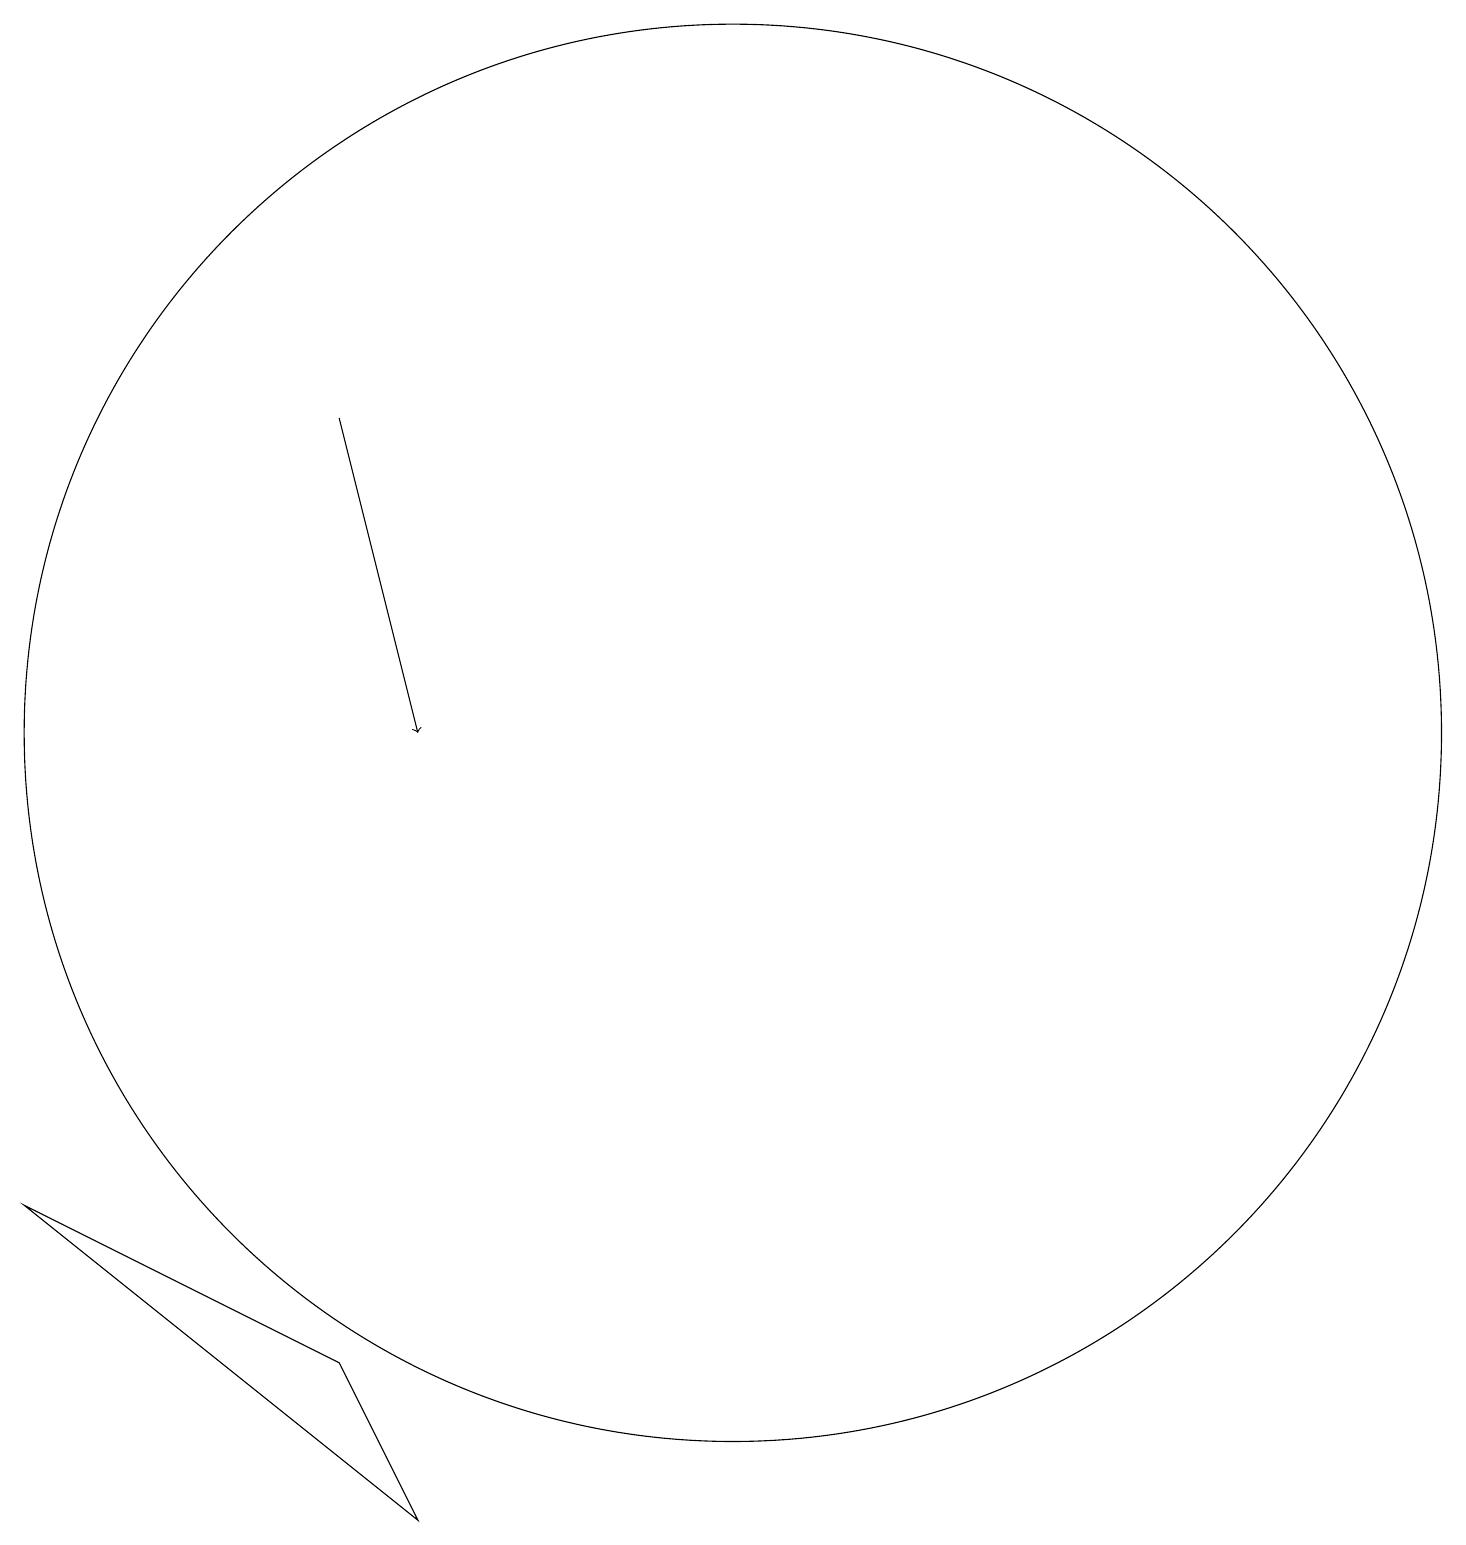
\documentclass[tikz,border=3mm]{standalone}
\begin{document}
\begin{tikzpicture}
\draw (11,10) circle (9);
\draw (6,2) -- (2,4) -- (7,0) -- cycle;
\draw[->] (6,14) -- (7,10);
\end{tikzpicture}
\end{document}